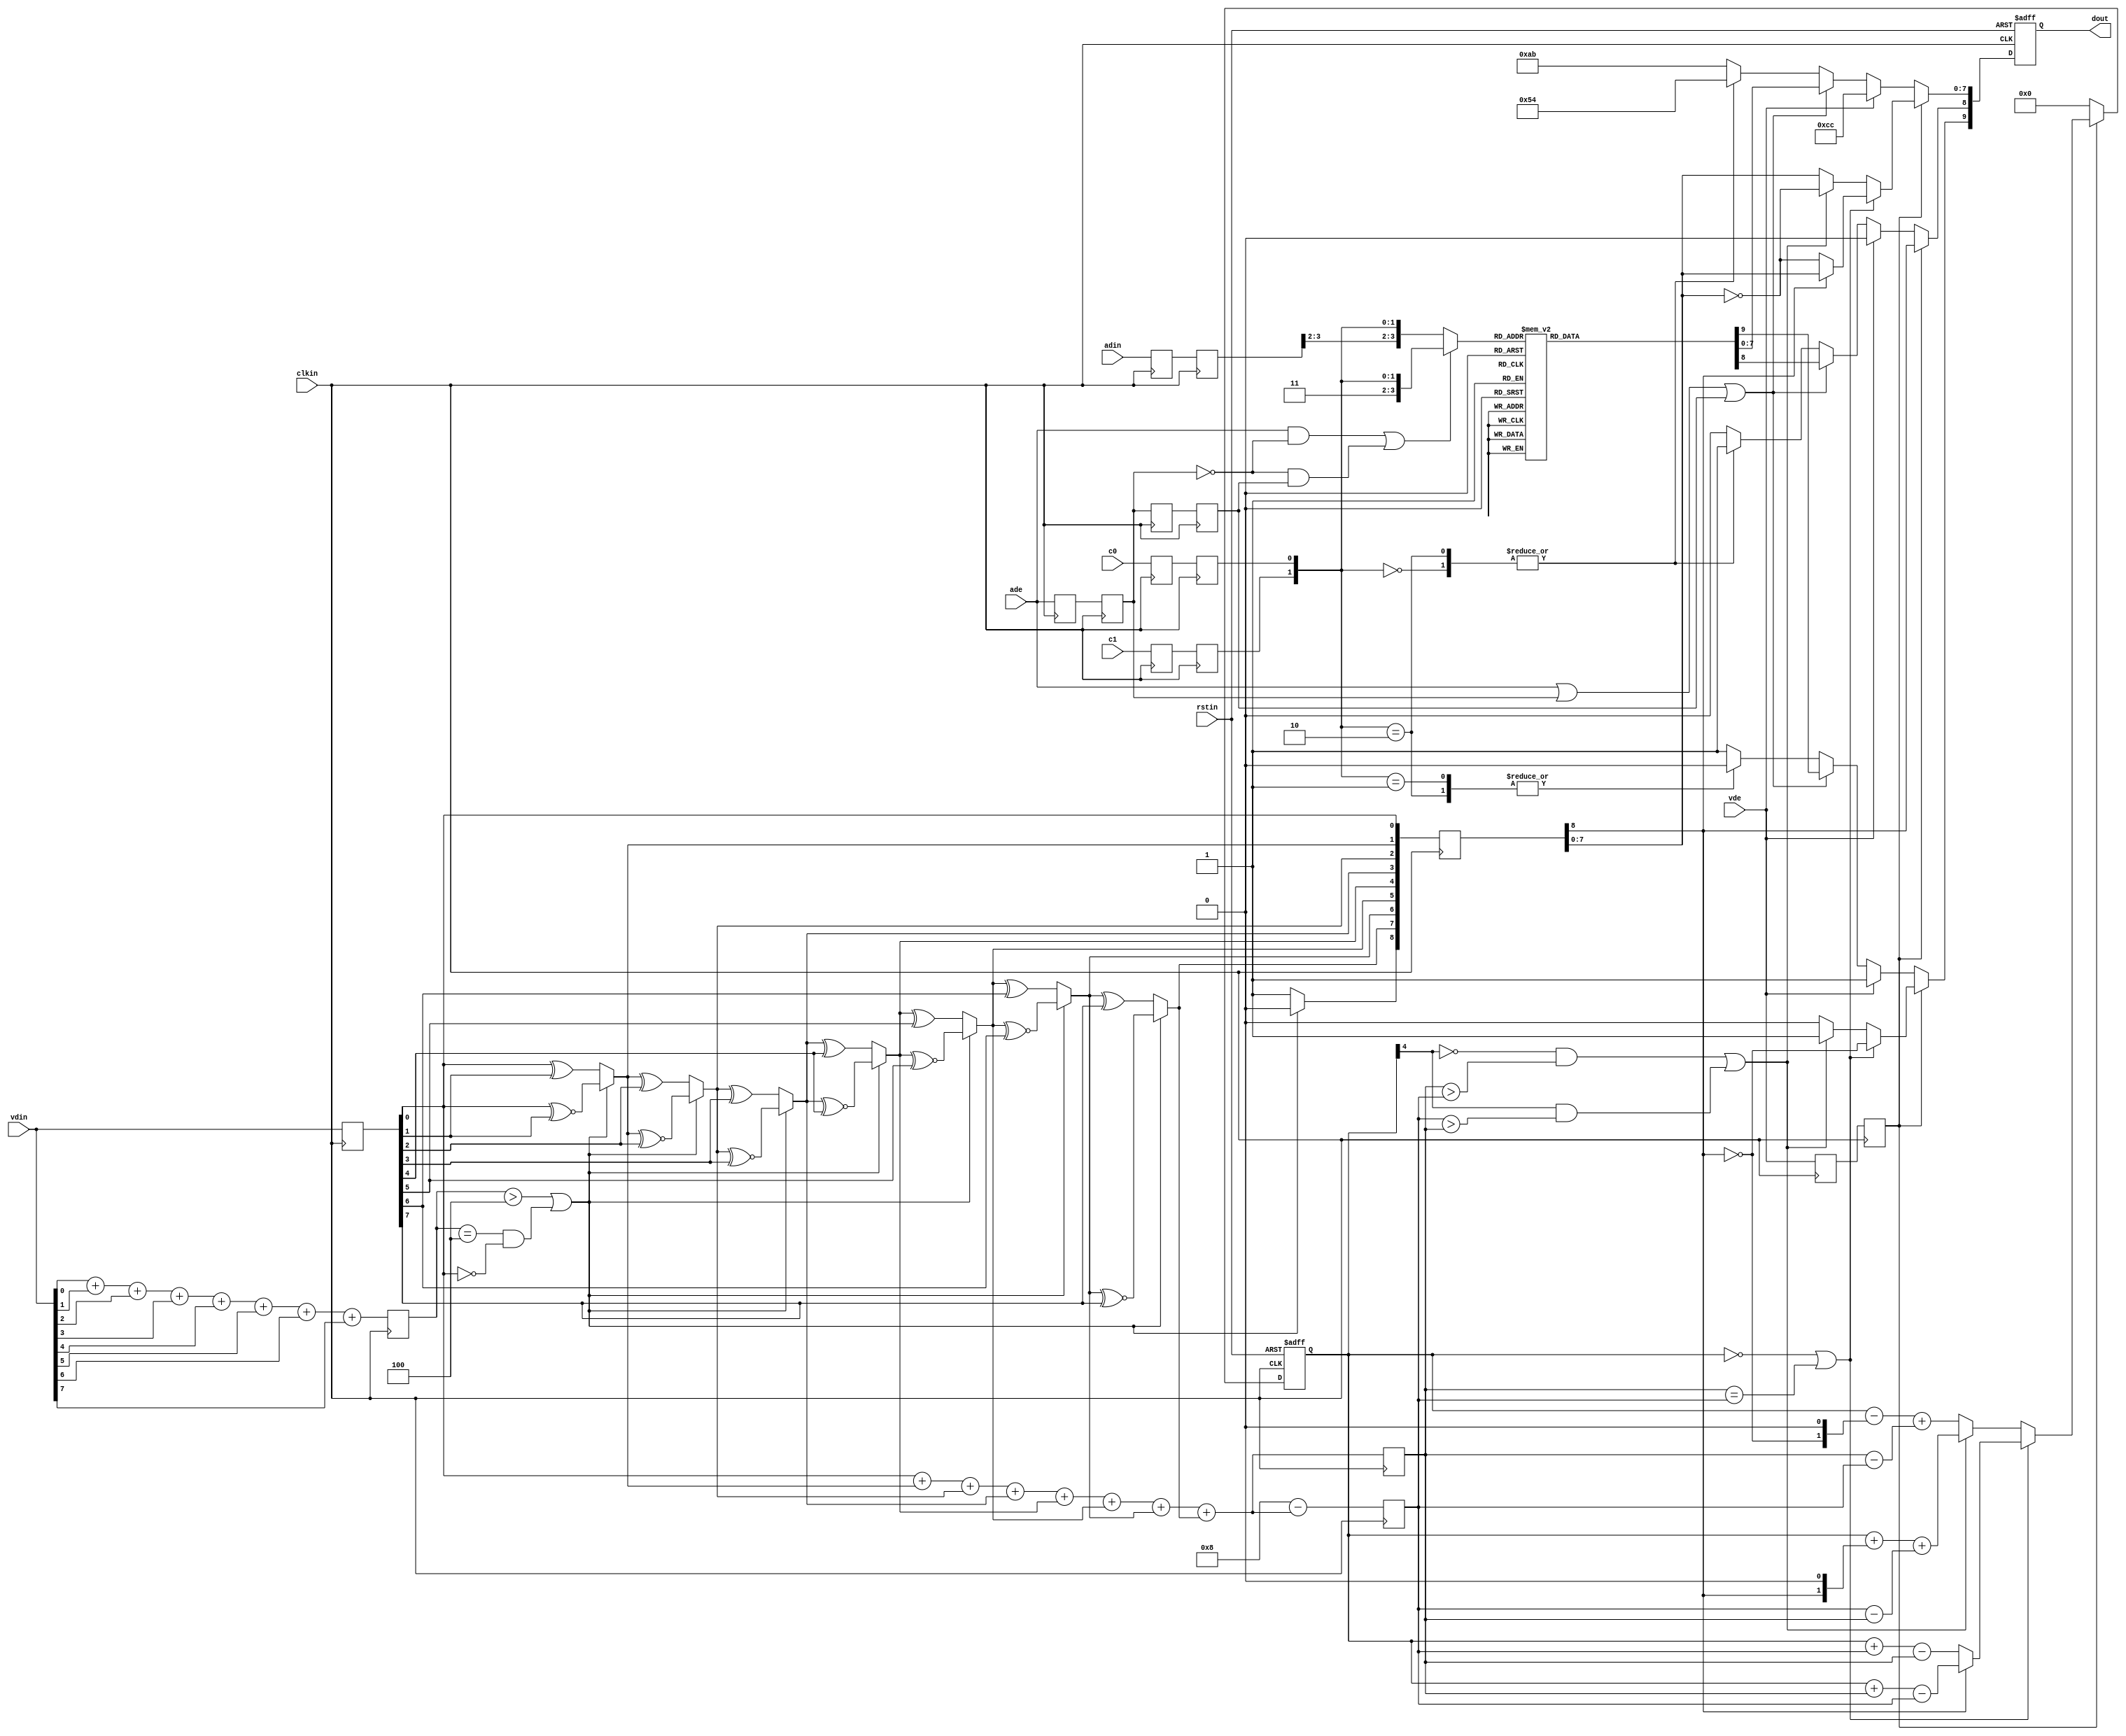
//////////////////////////////////////////////////////////////////////////////
//
//  Xilinx, Inc. 2008                 www.xilinx.com
//
//////////////////////////////////////////////////////////////////////////////
//
//
//  Description :     TMDS encoder  
//
//  Date - revision : Jan. 2008 - v 1.0
//
//
//  Disclaimer: LIMITED WARRANTY AND DISCLAMER. These designs are
//              provided to you "as is". Xilinx and its licensors make and you
//              receive no warranties or conditions, express, implied,
//              statutory or otherwise, and Xilinx specifically disclaims any
//              implied warranties of merchantability, non-infringement,or
//              fitness for a particular purpose. Xilinx does not warrant that
//              the functions contained in these designs will meet your
//              requirements, or that the operation of these designs will be
//              uninterrupted or error free, or that defects in the Designs
//              will be corrected. Furthermore, Xilinx does not warrantor
//              make any representations regarding use or the results of the
//              use of the designs in terms of correctness, accuracy,
//              reliability, or otherwise.
//
//              LIMITATION OF LIABILITY. In no event will Xilinx or its
//              licensors be liable for any loss of data, lost profits,cost
//              or procurement of substitute goods or services, or for any
//              special, incidental, consequential, or indirect damages
//              arising from the use or operation of the designs or
//              accompanying documentation, however caused and on any theory
//              of liability. This limitation will apply even if Xilinx
//              has been advised of the possibility of such damage. This
//              limitation shall apply not-withstanding the failure of the
//              essential purpose of any limited remedies herein.
//
//  Copyright  2006 Xilinx, Inc.
//  All rights reserved
//
//////////////////////////////////////////////////////////////////////////////  
`timescale 1 ps / 1ps

module encode # (
	parameter CHANNEL="BLUE"
)(
  input            clkin,    // pixel clock input
  input            rstin,    // async. reset input (active high)
  input      [7:0] vdin,      // data inputs: expect registered
  input      [3:0] adin,      // data inputs: expect registered
  input            c0,       // c0 input
  input            c1,       // c1 input
  input            vde,       // de input
  input            ade,       // de input
  output reg [9:0] dout      // data outputs
);
	
	localparam VIDEOGBND = (CHANNEL == "BLUE") ?  10'b1011001100 : 
                         (CHANNEL == "GREEN") ? 10'b0100110011 : 10'b1011001100;

  localparam DILNDGBND = (CHANNEL == "GREEN") ? 10'b0100110011 :
                         (CHANNEL == "RED") ?   10'b0100110011 : 10'bxxxxxxxxxx;

  ////////////////////////////////////////////////////////////
  // Counting number of 1s and 0s for each incoming pixel
  // component. Pipe line the result.
  // Register Data Input so it matches the pipe lined adder
  // output
  ////////////////////////////////////////////////////////////
  reg [3:0] n1d; //number of 1s in din
  reg [7:0] vdin_q;

  always @ (posedge clkin) begin
    n1d <=#1 vdin[0] + vdin[1] + vdin[2] + vdin[3] + vdin[4] + vdin[5] + vdin[6] + vdin[7];

    vdin_q <=#1 vdin;
  end

  ///////////////////////////////////////////////////////
  // Stage 1: 8 bit -> 9 bit
  // Refer to DVI 1.0 Specification, page 29, Figure 3-5
  ///////////////////////////////////////////////////////
  wire decision1;

  assign decision1 = (n1d > 4'h4) | ((n1d == 4'h4) & (vdin_q[0] == 1'b0));
/*
  reg [8:0] q_m;
  always @ (posedge clkin) begin
    q_m[0] <=#1 din_q[0];
    q_m[1] <=#1 (decision1) ? (q_m[0] ^~ din_q[1]) : (q_m[0] ^ din_q[1]);
    q_m[2] <=#1 (decision1) ? (q_m[1] ^~ din_q[2]) : (q_m[1] ^ din_q[2]);
    q_m[3] <=#1 (decision1) ? (q_m[2] ^~ din_q[3]) : (q_m[2] ^ din_q[3]);
    q_m[4] <=#1 (decision1) ? (q_m[3] ^~ din_q[4]) : (q_m[3] ^ din_q[4]);
    q_m[5] <=#1 (decision1) ? (q_m[4] ^~ din_q[5]) : (q_m[4] ^ din_q[5]);
    q_m[6] <=#1 (decision1) ? (q_m[5] ^~ din_q[6]) : (q_m[5] ^ din_q[6]);
    q_m[7] <=#1 (decision1) ? (q_m[6] ^~ din_q[7]) : (q_m[6] ^ din_q[7]);
    q_m[8] <=#1 (decision1) ? 1'b0 : 1'b1;
  end
*/
  wire [8:0] q_m;
  assign q_m[0] = vdin_q[0];
  assign q_m[1] = (decision1) ? (q_m[0] ^~ vdin_q[1]) : (q_m[0] ^ vdin_q[1]);
  assign q_m[2] = (decision1) ? (q_m[1] ^~ vdin_q[2]) : (q_m[1] ^ vdin_q[2]);
  assign q_m[3] = (decision1) ? (q_m[2] ^~ vdin_q[3]) : (q_m[2] ^ vdin_q[3]);
  assign q_m[4] = (decision1) ? (q_m[3] ^~ vdin_q[4]) : (q_m[3] ^ vdin_q[4]);
  assign q_m[5] = (decision1) ? (q_m[4] ^~ vdin_q[5]) : (q_m[4] ^ vdin_q[5]);
  assign q_m[6] = (decision1) ? (q_m[5] ^~ vdin_q[6]) : (q_m[5] ^ vdin_q[6]);
  assign q_m[7] = (decision1) ? (q_m[6] ^~ vdin_q[7]) : (q_m[6] ^ vdin_q[7]);
  assign q_m[8] = (decision1) ? 1'b0 : 1'b1;

  /////////////////////////////////////////////////////////
  // Stage 2: 9 bit -> 10 bit
  // Refer to DVI 1.0 Specification, page 29, Figure 3-5
  /////////////////////////////////////////////////////////
  reg [3:0] n1q_m, n0q_m; // number of 1s and 0s for q_m
  always @ (posedge clkin) begin
    n1q_m  <=#1 q_m[0] + q_m[1] + q_m[2] + q_m[3] + q_m[4] + q_m[5] + q_m[6] + q_m[7];
    n0q_m  <=#1 4'h8 - (q_m[0] + q_m[1] + q_m[2] + q_m[3] + q_m[4] + q_m[5] + q_m[6] + q_m[7]);
  end

  parameter CTRLTOKEN0 = 10'b1101010100;
  parameter CTRLTOKEN1 = 10'b0010101011;
  parameter CTRLTOKEN2 = 10'b0101010100;
  parameter CTRLTOKEN3 = 10'b1010101011;

  reg [4:0] cnt; //disparity counter, MSB is the sign bit
  wire decision2, decision3;

  assign decision2 = (cnt == 5'h0) | (n1q_m == n0q_m);
  /////////////////////////////////////////////////////////////////////////
  // [(cnt > 0) and (N1q_m > N0q_m)] or [(cnt < 0) and (N0q_m > N1q_m)]
  /////////////////////////////////////////////////////////////////////////
  assign decision3 = (~cnt[4] & (n1q_m > n0q_m)) | (cnt[4] & (n0q_m > n1q_m));

  ////////////////////////////////////
  // pipe line alignment
  ////////////////////////////////////
  reg       vde_q, vde_reg;
  reg       ade_q, ade_reg;
  reg       ade_reg_q, ade_reg_qq;
  reg       c0_q, c1_q;
  reg       c0_reg, c1_reg;
	reg	[3:0] adin_q, adin_reg;
  reg [8:0] q_m_reg;

  always @ (posedge clkin) begin
    vde_q    <=#1 vde;
    vde_reg  <=#1 vde_q;

		ade_q      <=#1 ade;
    ade_reg    <=#1 ade_q;
    ade_reg_q  <=#1 ade_reg;
    ade_reg_qq <=#1 ade_reg_q;
    
    c0_q    <=#1 c0;
    c0_reg  <=#1 c0_q;
    c1_q    <=#1 c1;
    c1_reg  <=#1 c1_q;

		adin_q     <=#1 adin;
    adin_reg   <=#1 adin_q;

    q_m_reg <=#1 q_m;
  end

	wire digbnd; //data island guard band period
  assign digbnd = (ade & !ade_reg) | (!ade_reg & ade_reg_qq);

  wire ade_vld;
  wire [3:0] adin_vld;

  generate
    if(CHANNEL == "BLUE") begin
      assign ade_vld = ade | ade_reg | ade_reg_qq;
      assign adin_vld = (digbnd) ? {1'b1, 1'b1, c1_reg, c0_reg} : {adin_reg[3], adin_reg[2], c1_reg, c0_reg};
    end else begin
      assign ade_vld = ade_reg;
      assign adin_vld = adin_reg;
    end
  endgenerate

  ///////////////////////////////
  // 10-bit out
  // disparity counter
  ///////////////////////////////
  always @ (posedge clkin or posedge rstin) begin
    if(rstin) begin
      dout <= 10'h0;
      cnt <= 5'h0;
    end else begin
      if (vde_reg) begin
        if(decision2) begin
          dout[9]   <=#1 ~q_m_reg[8]; 
          dout[8]   <=#1 q_m_reg[8]; 
          dout[7:0] <=#1 (q_m_reg[8]) ? q_m_reg[7:0] : ~q_m_reg[7:0];

          cnt <=#1 (~q_m_reg[8]) ? (cnt + n0q_m - n1q_m) : (cnt + n1q_m - n0q_m);
        end else begin
          if(decision3) begin
            dout[9]   <=#1 1'b1;
            dout[8]   <=#1 q_m_reg[8];
            dout[7:0] <=#1 ~q_m_reg[7:0];

            cnt <=#1 cnt + {q_m_reg[8], 1'b0} + (n0q_m - n1q_m);
          end else begin
            dout[9]   <=#1 1'b0;
            dout[8]   <=#1 q_m_reg[8];
            dout[7:0] <=#1 q_m_reg[7:0];

            cnt <=#1 cnt - {~q_m_reg[8], 1'b0} + (n1q_m - n0q_m);
          end
        end
      end else begin
				if(vde)          //video guard band period
          dout <=#1 VIDEOGBND;
        else if(ade_vld) //Aux/Audio Data Period
          case (adin_vld) //TERC4
            4'b0000: dout <=#1 10'b1010011100;
            4'b0001: dout <=#1 10'b1001100011;
            4'b0010: dout <=#1 10'b1011100100;
            4'b0011: dout <=#1 10'b1011100010;
            4'b0100: dout <=#1 10'b0101110001;
            4'b0101: dout <=#1 10'b0100011110;
            4'b0110: dout <=#1 10'b0110001110;
            4'b0111: dout <=#1 10'b0100111100;
            4'b1000: dout <=#1 10'b1011001100;
            4'b1001: dout <=#1 10'b0100111001;
            4'b1010: dout <=#1 10'b0110011100;
            4'b1011: dout <=#1 10'b1011000110;
            4'b1100: dout <=#1 10'b1010001110;
            4'b1101: dout <=#1 10'b1001110001;
            4'b1110: dout <=#1 10'b0101100011;
            default: dout <=#1 10'b1011000011;
          endcase
        else if((ade | ade_reg_qq) && (CHANNEL != "BLUE")) //data island guard band period
          dout <=#1 DILNDGBND;
        else            //preample period
        	case ({c1_reg, c0_reg})
          	2'b00:   dout <=#1 CTRLTOKEN0;
          	2'b01:   dout <=#1 CTRLTOKEN1;
          	2'b10:   dout <=#1 CTRLTOKEN2;
          	default: dout <=#1 CTRLTOKEN3;
        	endcase

        cnt <=#1 5'h0;
      end
    end
  end
  
endmodule